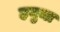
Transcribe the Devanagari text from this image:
हनुमा